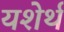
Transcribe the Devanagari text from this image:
यशेर्थ